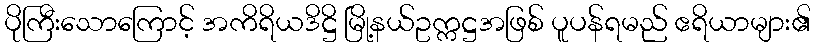
ပိုကြီးသောကြောင့် အကိရိယဒိဋ္ဌိ မြို့နယ်ဥက္ကဋ္ဌအဖြစ် ပူပန်ရမည် ဧရိယာများ၏